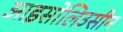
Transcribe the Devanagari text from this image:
आइसोलिउसीन